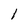
Character: l